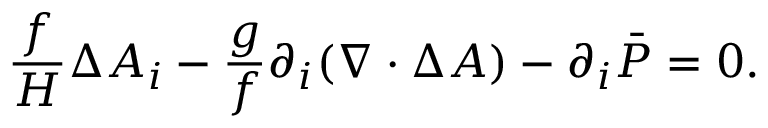
\frac { f } { H } \Delta { A } _ { i } - \frac { g } { f } \partial _ { i } ( \nabla \cdot \Delta { A } ) - \partial _ { i } \bar { P } = 0 .